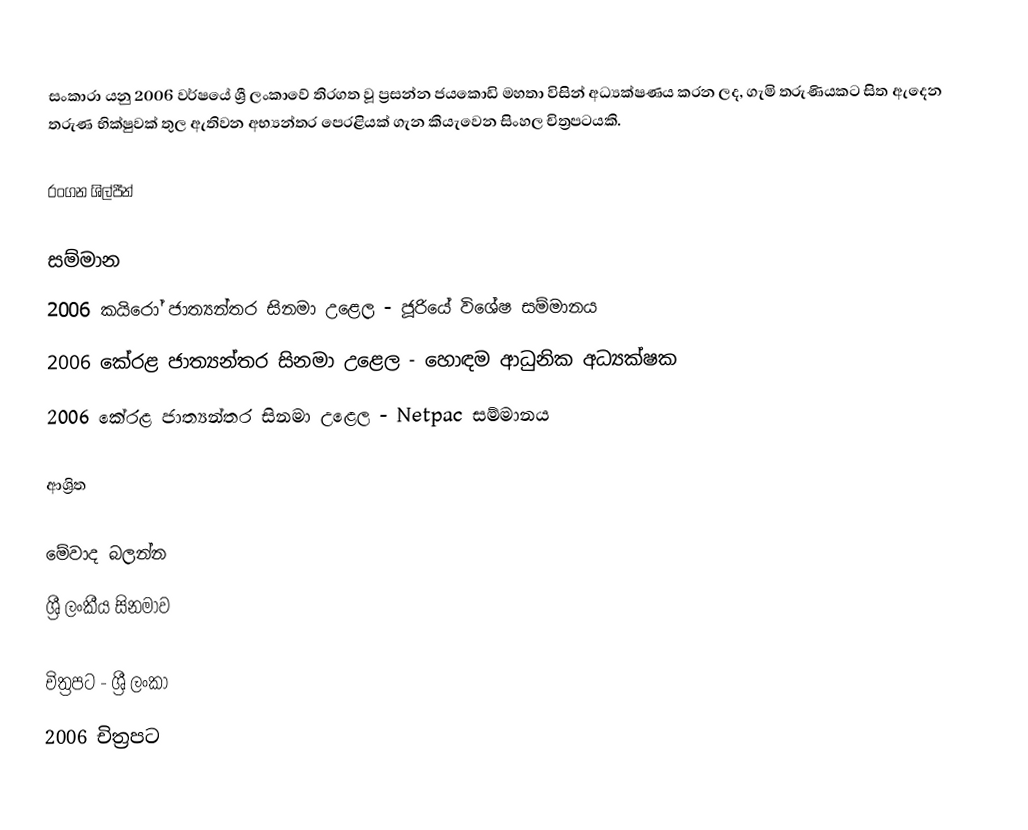
සංකාරා යනු 2006 වර්ෂයේ ශ්‍රී ලංකාවේ තිරගත වූ ප්‍රසන්න ජයකොඩි මහතා විසින් අධ්‍යක්ෂණය කරන ලද, ගැමි තරුණියකට සිත ඇදෙන තරුණ භික්ෂුවක් තුල ඇතිවන අභ්‍යන්තර පෙරළියක් ගැන කියැවෙන සිංහල චිත්‍රපටයකි.

රංගන ශිල්පීන්

සම්මාන
2006 කයිරෝ ජාත්‍යන්තර සිනමා උළෙල - ජූරියේ විශේෂ සම්මානය
2006 කේරළ ජාත්‍යන්තර සිනමා උළෙල - හොඳම ආධුනික අධ්‍යක්ෂක
2006 කේරළ ජාත්‍යන්තර සිනමා උළෙල - Netpac සම්මානය

ආශ්‍රිත

මේවාද බලන්න
ශ්‍රී ලංකීය සිනමාව

චිත්‍රපට - ශ්‍රී ලංකා
2006 චිත්‍රපට